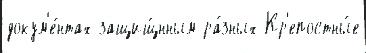
докум'е́нтах защищ́нным ра́зных Кр'епостны́е